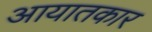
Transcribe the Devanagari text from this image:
आयातकार